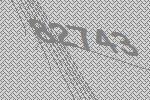
82743